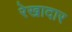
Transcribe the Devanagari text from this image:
रेखादार